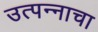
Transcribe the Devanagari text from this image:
उत्‍पन्‍नाचा